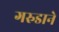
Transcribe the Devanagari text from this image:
गरुडाने